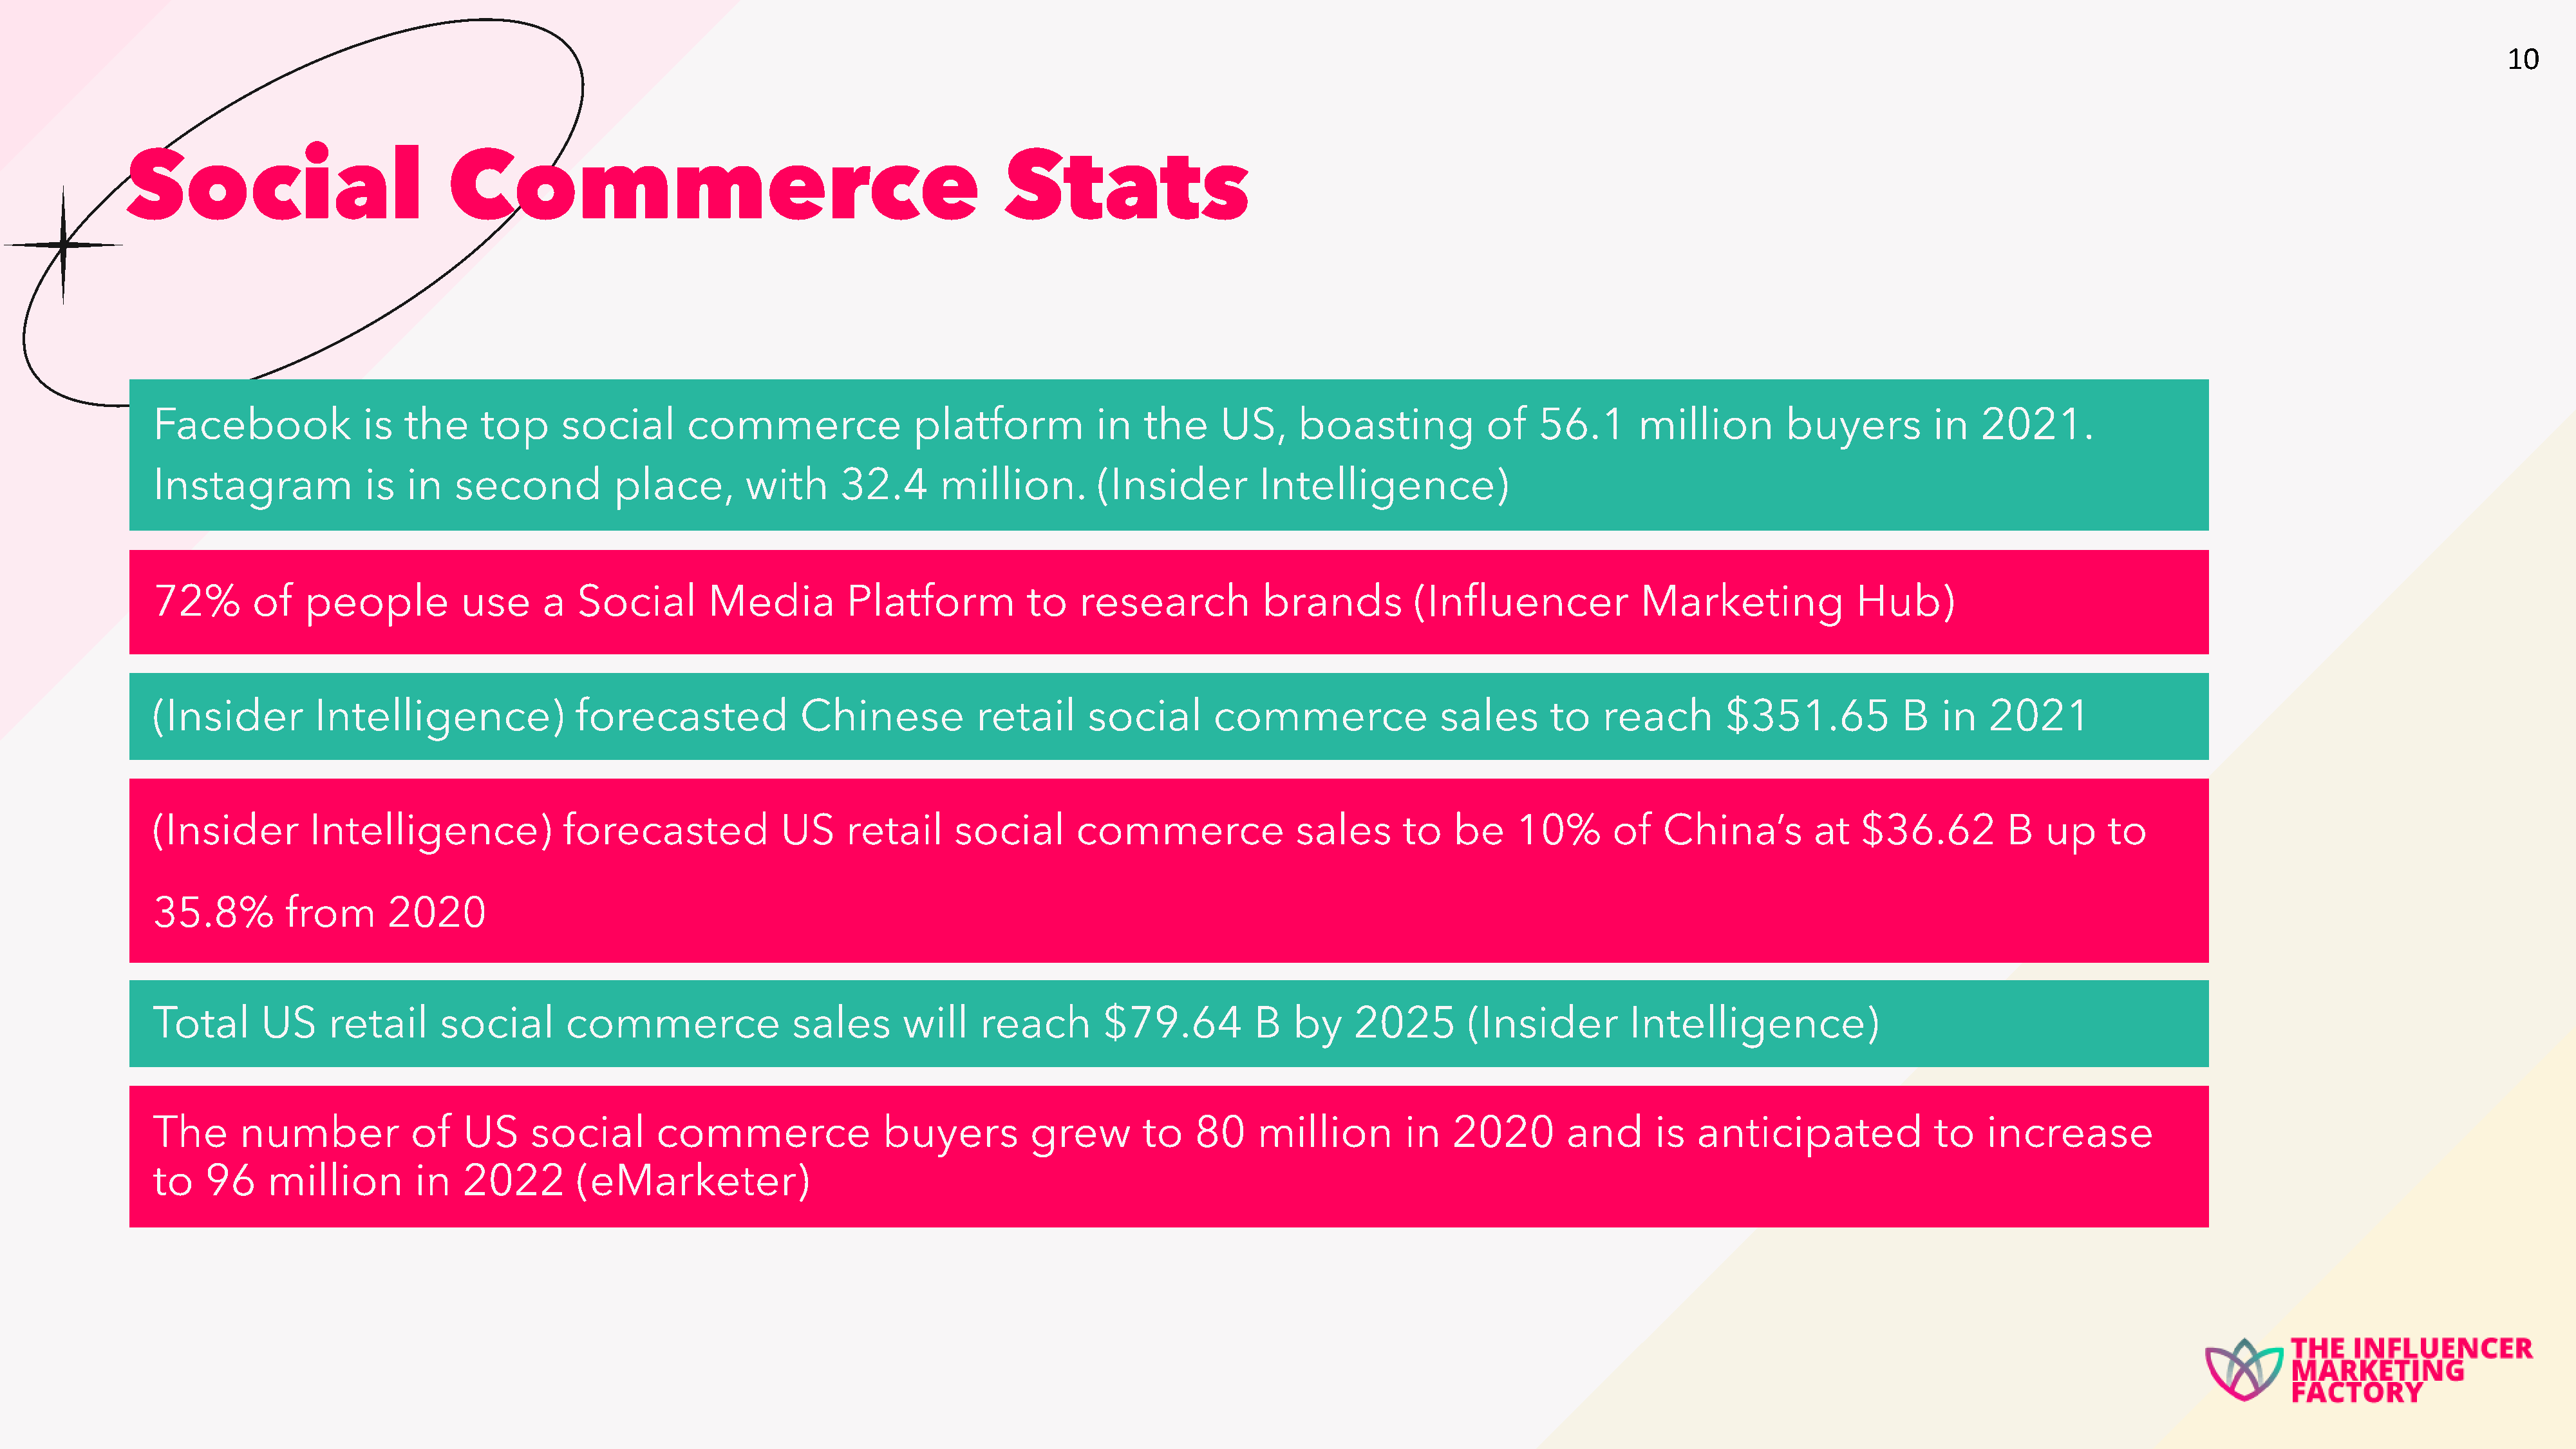
10
 Social                           Commerce                                                 Stats
 Facebook             is   the    top      social       commerce               platform           in   the    US,     boasting            of   56.1      million         buyers         in   2021.
 Instagram            is   in   second          place,        with     32.4       million.        (Insider        Intelligence)
 72%       of   people          use      a  Social        Media         Platform           to   research           brands         (Influencer             Marketing             Hub)
 (Insider        Intelligence)              forecasted             Chinese           retail      social       commerce               sales      to    reach       $351.65            B   in  2021
 (Insider        Intelligence)             forecasted            US     retail     social       commerce              sales      to   be     10%       of   China’s        at   $36.62         B   up     to
 35.8%        from       2020
 Total      US     retail     social       commerce               sales       will    reach       $79.64          B   by    2025        (Insider         Intelligence)
 The      number           of    US     social      commerce                buyers         grew       to    80    million        in   2020        and      is  anticipated              to   increase
 to   96    million         in   2022       (eMarketer)